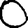
Digit: 0